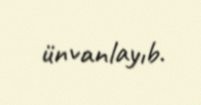
ünvanlayıb.